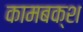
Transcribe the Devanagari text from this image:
कामबक्श